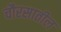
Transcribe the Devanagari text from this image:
चौरसातील